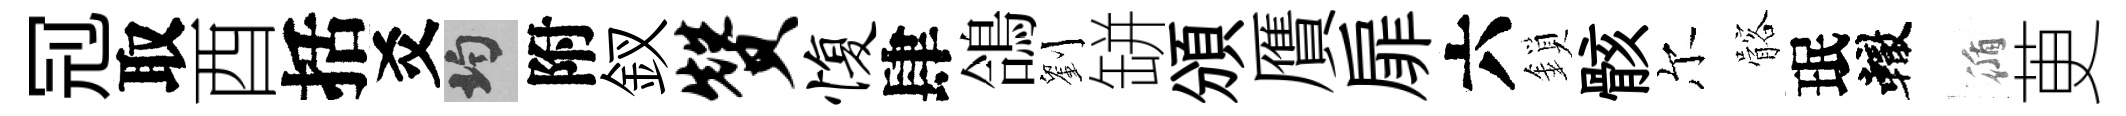
𠜍取酉括爻均附釵赞愎肆鴿劉缾頒贋扉六鎖骸尔髂珉轍循茰